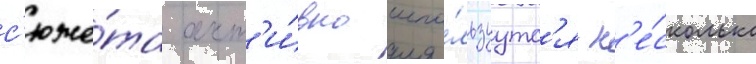
с'юже́та акт'и́вно испо́льзуутс'я н'е́сколько